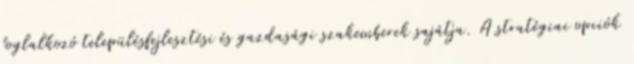
foglalkozó településfejlesztési és gazdasági szakemberek sajátja. A stratégiai opciók